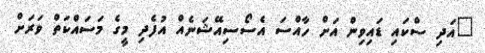
"އަދި ސްކައި ޑައިވިން އަށް ހާއްސަ އެސޯސިއޭޝަނެއް އުފެދި މީގެ މަސައްކަތް ވަރަށް